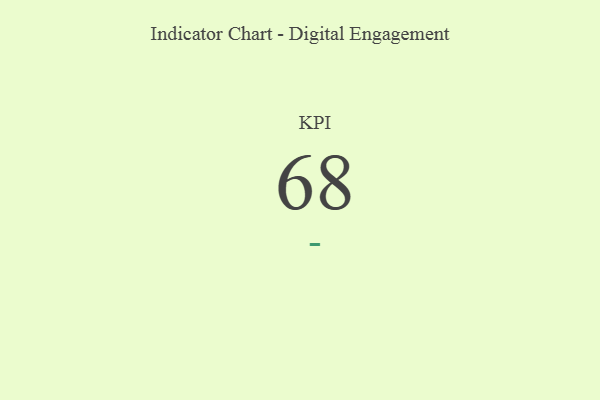
{"axis": {"x": "KPI", "y": "Value"}, "legend": [""], "data": [{"x": "KPI", "y": 68, "type": ""}]}